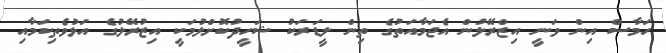
ހަމާސް އިން ވަނީ އިޒްރޭލުން އެޖަމާއަތުގެ ތިން ލީޑަރަކު ޝަހީދުކޮށްލުުމަކީ އިޒުރޭލުގެ އަޅުވެތިކަމާއި